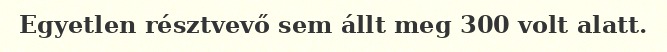
Egyetlen résztvevő sem állt meg 300 volt alatt.